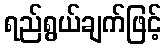
ရည်ရွယ်ချက်ဖြင့်